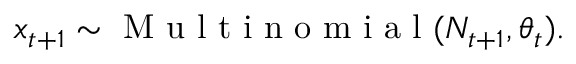
\boldsymbol x _ { t + 1 } \sim \mathrm { ~ M ~ u ~ l ~ t ~ i ~ n ~ o ~ m ~ i ~ a ~ l ~ } ( N _ { t + 1 } , \boldsymbol { \theta } _ { t } ) .